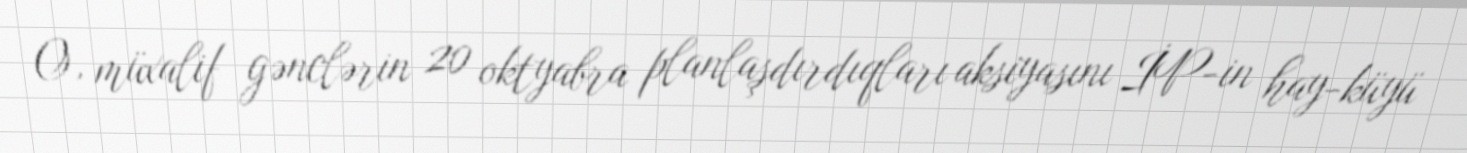
O, müxalif gənclərin 20 oktyabra planlaşdırdıqları aksiyasını İP-in hay-küyü